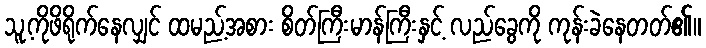
သူ့ကိုဖိရိုက်နေလျှင် ထမည့်အစား စိတ်ကြီးမာန်ကြီးနှင့် လည်ခွေကို ကုန်းခဲနေတတ်၏။